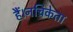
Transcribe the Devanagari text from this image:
हैं।नचिकेता